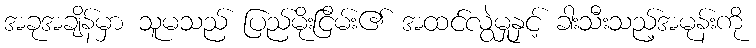
အခုအချိန်မှာ သူမသည် ပြည်မိုးငြိမ်း၏ အထင်လွဲမှုနှင့် ခါးသီးသည့်အမုန်းကို